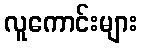
လူကောင်းများ